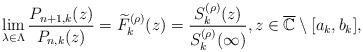
LaTeX: \begin{align*}\lim_{\lambda\in\Lambda}\frac{P_{n+1,k}(z)}{P_{n,k}(z)}=\widetilde{F}_{k}^{(\rho)}(z)=\frac{S_{k}^{(\rho)}(z)}{S_{k}^{(\rho)}(\infty)},z\in\overline{\mathbb{C}}\setminus[a_{k},b_{k}],\end{align*}